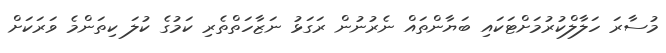
މުސާރަ ހަލާލްކުރުމަށްޓަކައި ބަޔާންތައް ނެރުނުން ރަގަޅު ނަޒާހަތްތެރި ކަމުގެ ކުލަ ކިތަންމެ ވަރަކަށް